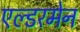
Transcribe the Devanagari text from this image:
एल्डरमेन